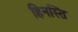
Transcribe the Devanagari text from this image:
हिनस्ति